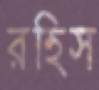
রহিস